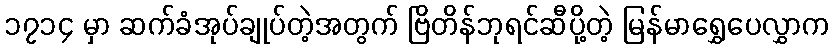
၁၇၁၄ မှာ ဆက်ခံအုပ်ချုပ်တဲ့အတွက် ဗြိတိန်ဘုရင်ဆီပို့တဲ့ မြန်မာရွှေပေလွှာက